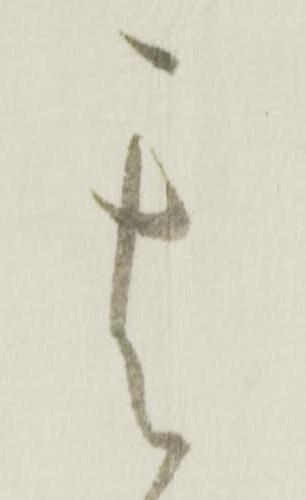
其